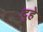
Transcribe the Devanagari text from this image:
दुहे